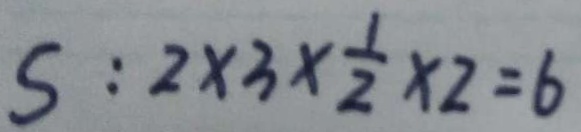
S : 2 \times 3 \times \frac { 1 } { 2 } \times 2 = 6